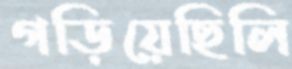
গড়িয়েছিলি